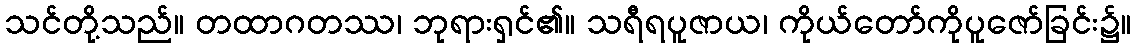
သင်တို့သည်။ တထာဂတဿ၊ ဘုရားရှင်၏။ သရီရပူဇာယ၊ ကိုယ်တော်ကိုပူဇော်ခြင်း၌။